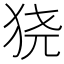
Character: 𬌮